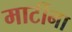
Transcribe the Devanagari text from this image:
मार्टीना